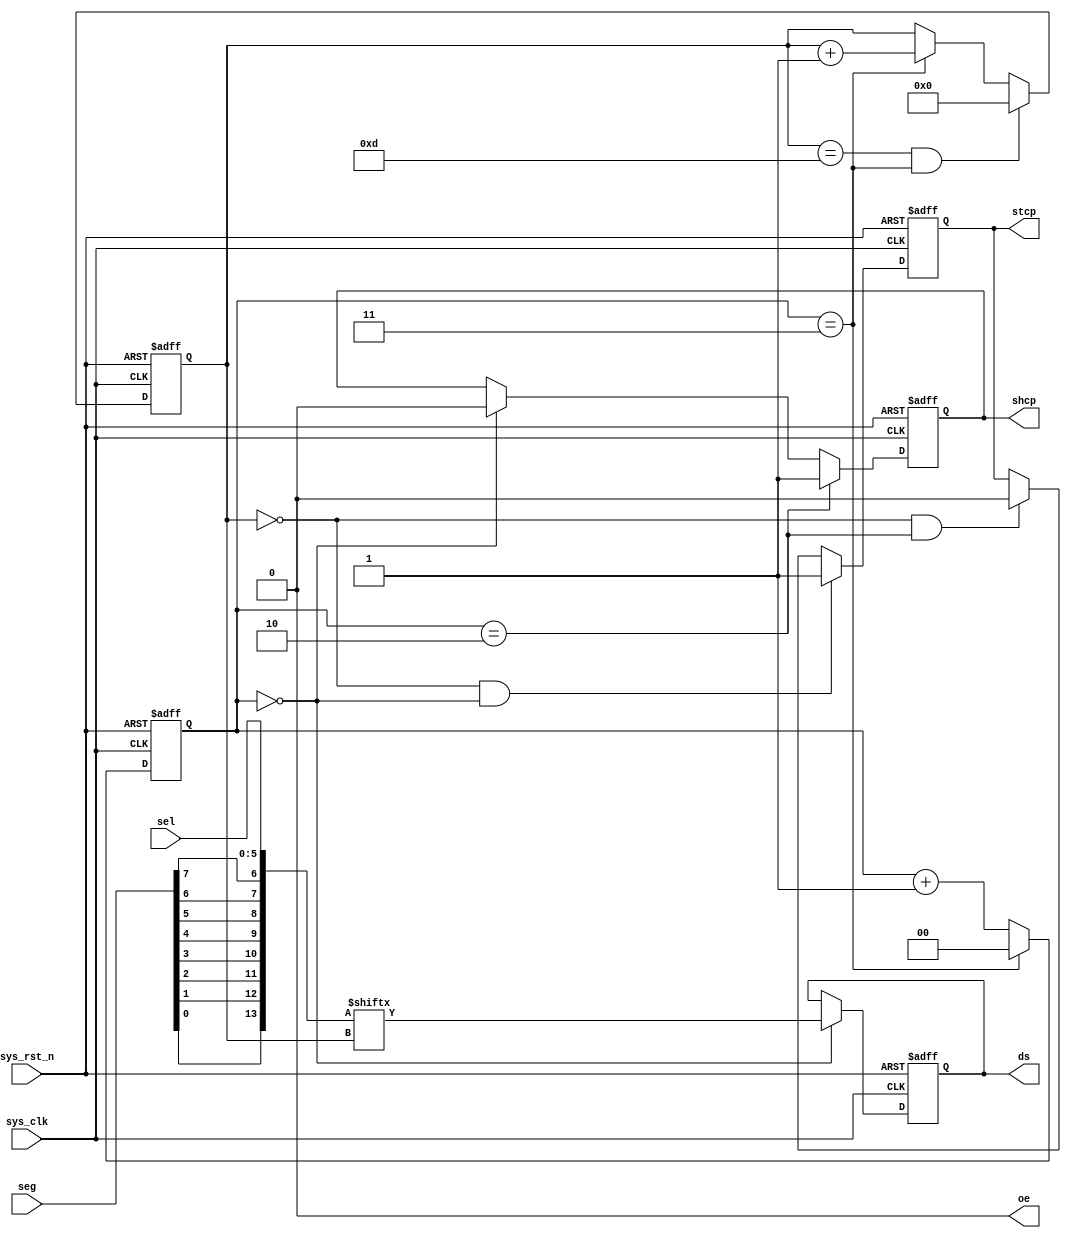
module hc_595_ctrl
(
    input   wire            sys_clk     ,
    input   wire            sys_rst_n   ,
    input   wire    [5:0]   sel         ,
    input   wire    [7:0]   seg         ,

    output  reg             ds          ,
    output  reg             shcp        ,
    output  reg             stcp        ,
    output  wire            oe      
);

wire        [13:0]  data;
reg     [1:0]   cnt;
reg     [3:0]   cnt_bit;

assign data = {seg[0],seg[1],seg[2],seg[3],seg[4],seg[5],seg[6],seg[7],sel[5:0]};// sequence is follow by FPGA hardware setting

always@(posedge sys_clk or negedge sys_rst_n)
    if(sys_rst_n == 1'b0)
        cnt <= 2'd0;
    else if(cnt == 2'd3)
        cnt <= 2'd0;
    else
        cnt <= cnt+2'd1;
always@(posedge sys_clk or negedge sys_rst_n)
    if(sys_rst_n == 1'b0)
        cnt_bit <= 4'd0;
    else if((cnt_bit == 4'd13)&&(cnt == 2'd3))
        cnt_bit <= 4'd0;
    else if(cnt == 2'd3)
        cnt_bit <= cnt_bit+4'd1;
    else
        cnt_bit <= cnt_bit;
        
always@(posedge sys_clk or negedge sys_rst_n)
    if(sys_rst_n==1'b0)
        ds <= 1'b0;
    else if (cnt == 2'd0)
        ds <= data[cnt_bit];
    else
        ds <= ds;
        
always@(posedge sys_clk or negedge sys_rst_n)
    if(sys_rst_n == 1'b0)
        shcp <= 1'b0;
    else if (cnt == 2'd2)
        shcp <= 1'b1;
    else if (cnt == 2'd0)
        shcp <= 1'b0;
    else
        shcp <= shcp;
        
always@(posedge sys_clk or negedge sys_rst_n)
    if(sys_rst_n == 1'b0)
        stcp <= 1'b0;
    else if ((cnt_bit == 4'd0)&&(cnt == 2'd0))
        stcp <= 1'b1;
    else if ((cnt_bit == 4'd0)&&(cnt == 2'd2))
        stcp <= 1'b0;
    else
        stcp <= stcp;
        
assign oe = 1'b0;
endmodule